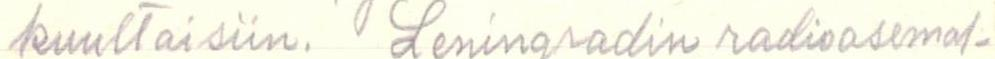
kuultaisiin. Leningradin radioasemal-